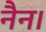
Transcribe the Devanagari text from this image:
नैन।